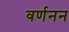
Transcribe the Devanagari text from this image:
वर्णनन